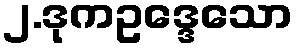
၂.ဒုကဥဒ္ဒေသော